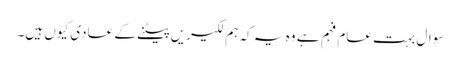
سوال بہت عام فہم ہے وہ یہ کہ ہم لکیریں پیٹنے کے عادی کیوں ہیں۔